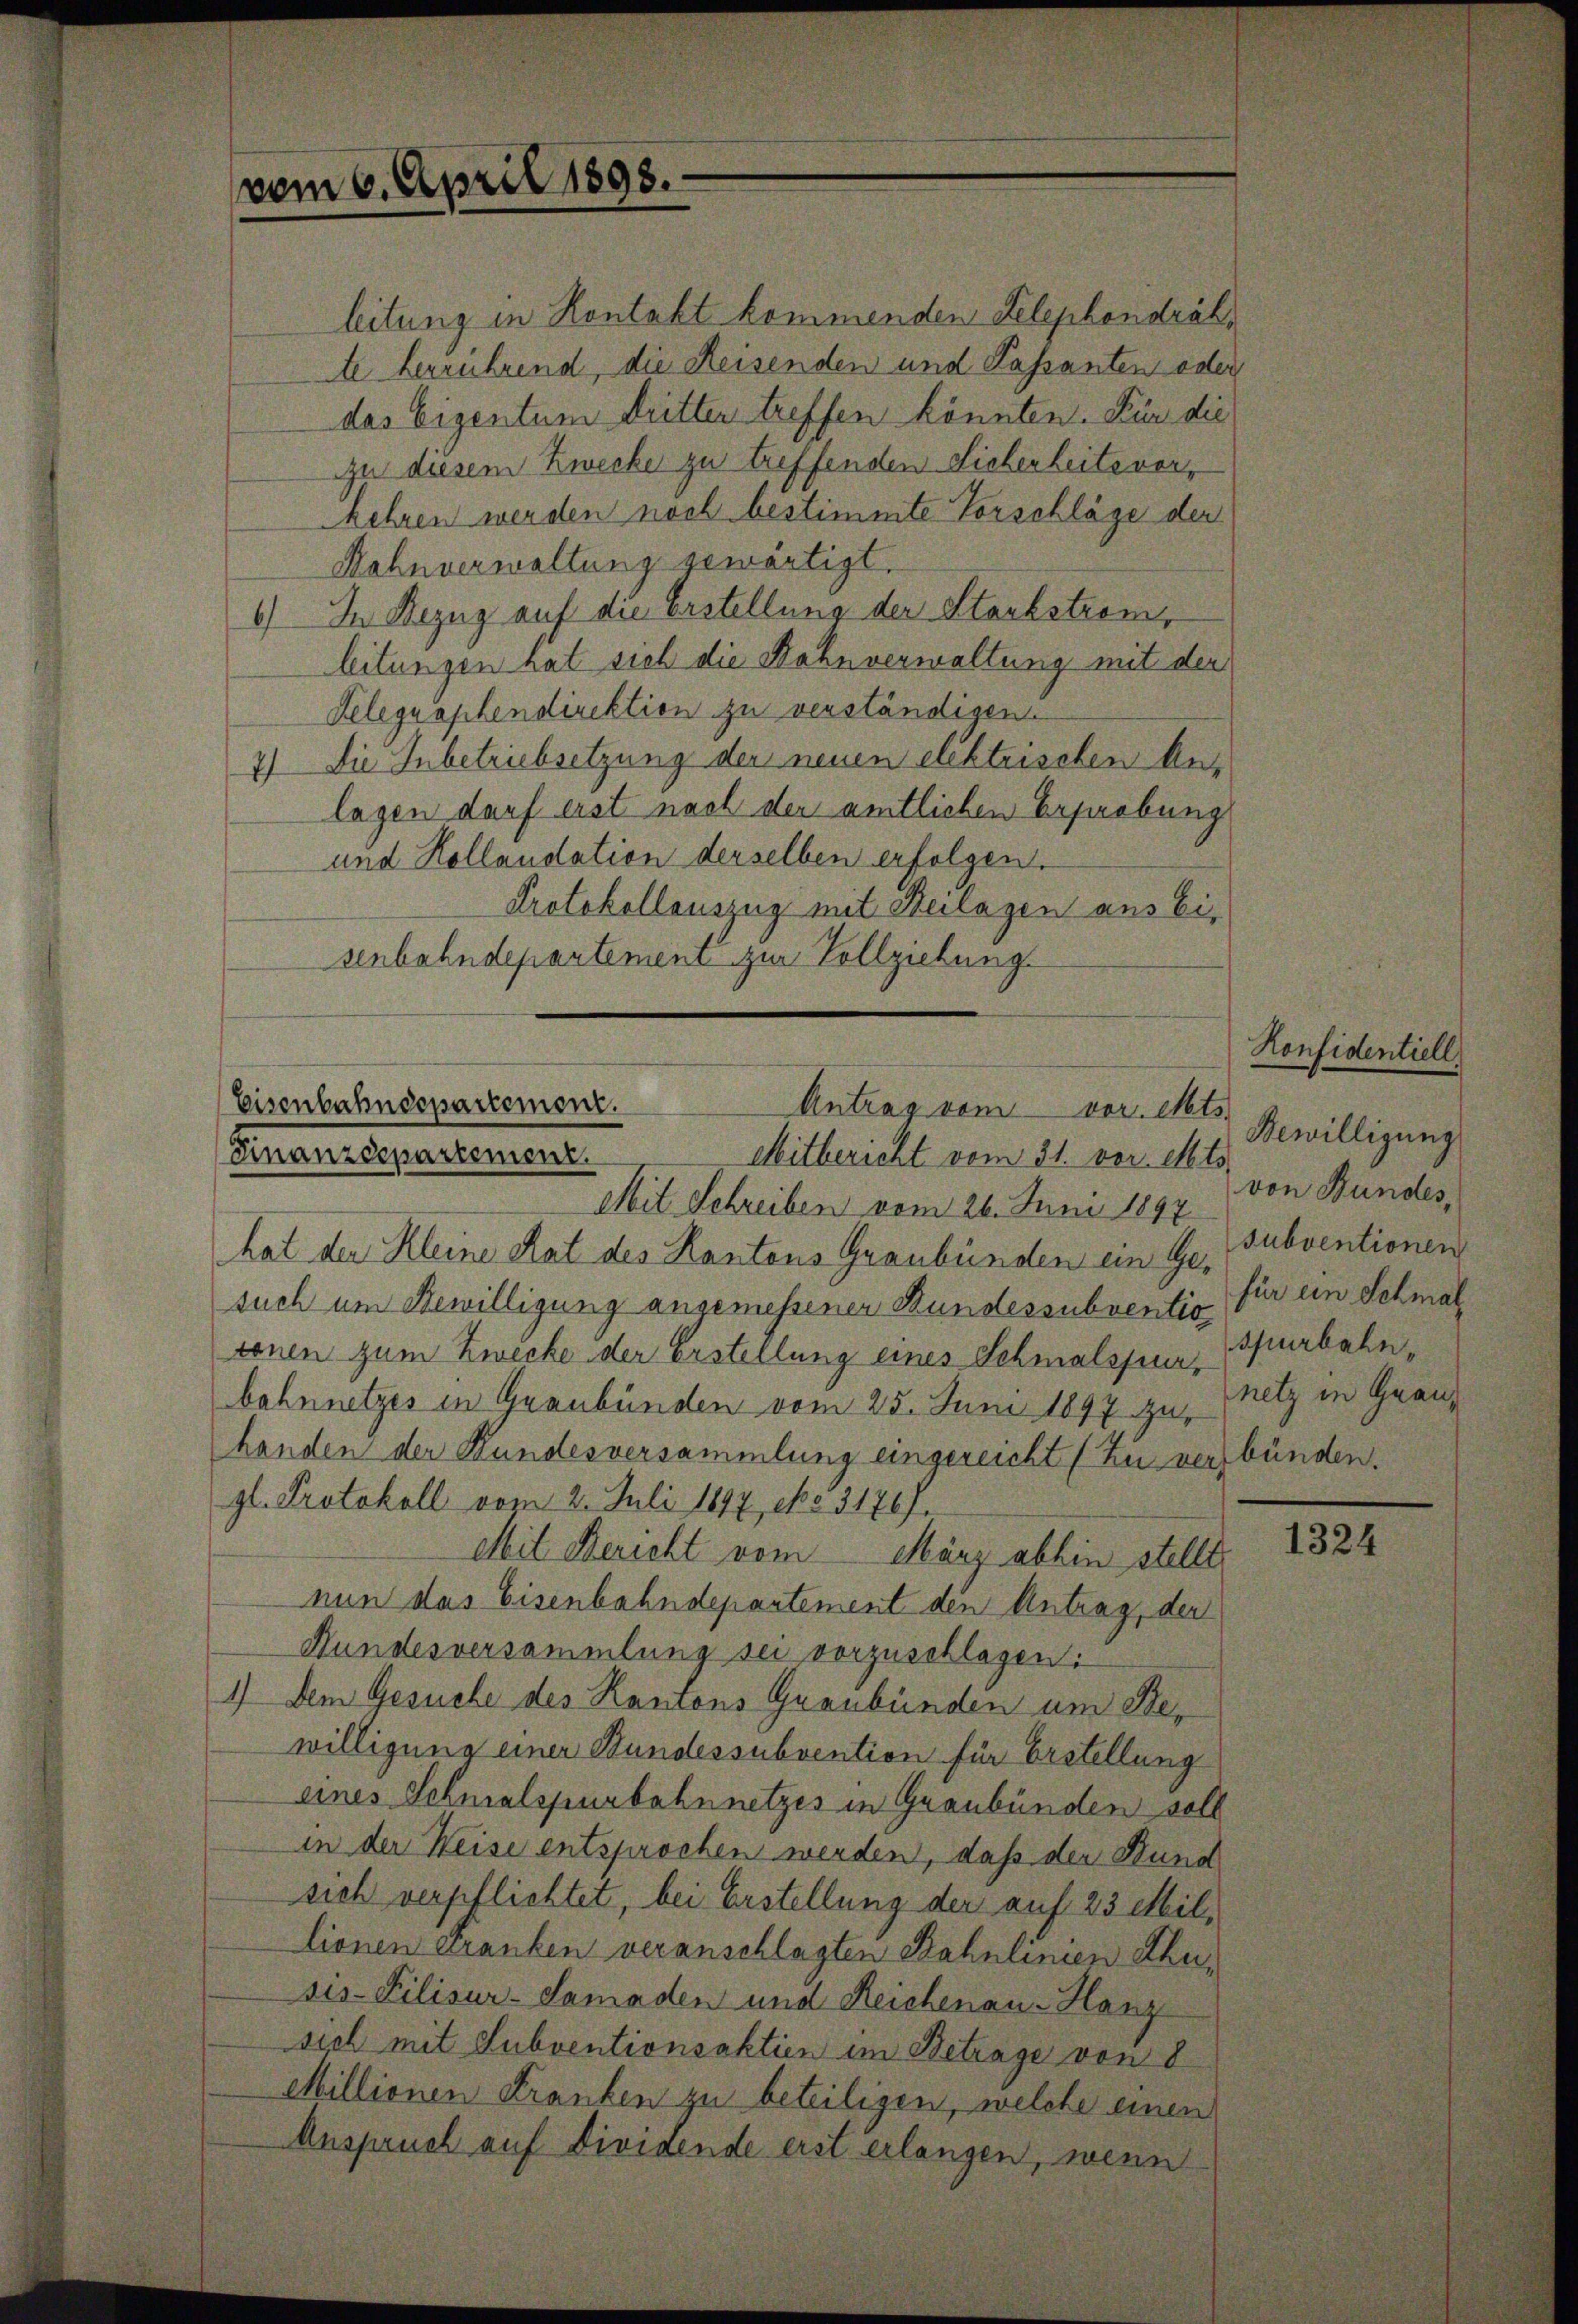
vom 6. April 1898.

Eisenbahndepartement.
Antrag vom vor. Mts.
Finanzdepartement.
Mitbericht vom 31. vor. Mts.

leitung in Kontakt kommenden Telephondrähte herrührend, die Reisenden und Kassanten oder
das Eigentum dritter treffen könnten. Für die
zu diesem Zwecke zu treffenden Sicherheite vor,
kehren werden noch bestimmte Vorschläge der
Hahnverwaltung gewärtigt.
6) In Bezug auf die Erstellung der Stockstrom,
leitungen hat sich die Bahnverwaltung mit der
Relegraphendirektion zu verständigen.
4) Die Inbetriebsetzung der neuen elektrischen Anlagen darf erst nach der amtlichen Bestrebung
und Kollaudation derselben erfolgen.
Protokollauszug mit Beilagen aus Eisenbahndepartement zur Vollziehung

Mit Schreiben vom 26. Juni 1897
hat der Kleine Rat des Kantons Graubünden ein Ge- Subventionen
such um Bewilligung angemessener Bundessubventio für ein Schmal
ronen zum Zwecke der Erstellung eines Schmalsperbahnnetzes in Graubünden vom 25. Juni 1897 zu,
handen der Bundesversammlung eingereicht (Zu ver
gl. Protokoll vom 2. Juli 1897 No 3176 f.
Mit Bericht vom März abhin stellt
nun das Eisenbahndepartement den Antrag, der
Hundesversammlung sei vorzuschlagen:
1) Dem Gesuche des Kantons Graubünden um Bewilligung einer Bundessubvention für Erstellung
eines Schmalspurbahnnetzes in Graubünden soll
in der Weise entsprochen werden, daß der Bund
sich verpflichtet, bei Erstellung der auf 23 Millionen Franken veranschlagten Bahnlinien Ahnsis-Pilisur-Lamaden und Reichenau-Hanz
sich mit Subventionsaktien im Betrage von 8
Millionen Kranken zu beteiligen, welche einen
Anspruch auf Dividende erst erlangen, wenn

Konfidentiell
Bewilligung
von Bundes,
spurbahnnetz in Grauz
bünden.

1324